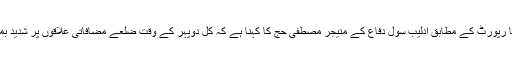
غیر ملکی میڈیا رپورٹ کے مطابق ادلیب سول دفاع کے منیجر مصطفیٰ حج کا کہنا ہے کہ کل دوپہر کے وقت ضلعے مضافاتی علاقوں پر شدید بمباری کی گئی۔